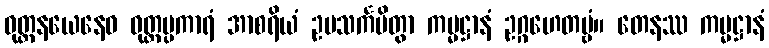
ဝုတ္တနယေနေဝ ဝုတ္တပ္ပကာရံ အာစရိယံ ဥပသင်္ကမိတွာ ကမ္မဋ္ဌာနံ ဥဂ္ဂဟေတဗ္ဗံ။ တေနဿ ကမ္မဋ္ဌာနံ